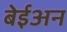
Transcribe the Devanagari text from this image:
बेईअन